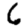
Digit: 6